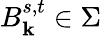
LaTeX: B_{\mathbf{k}}^{s,t}\in\Sigma